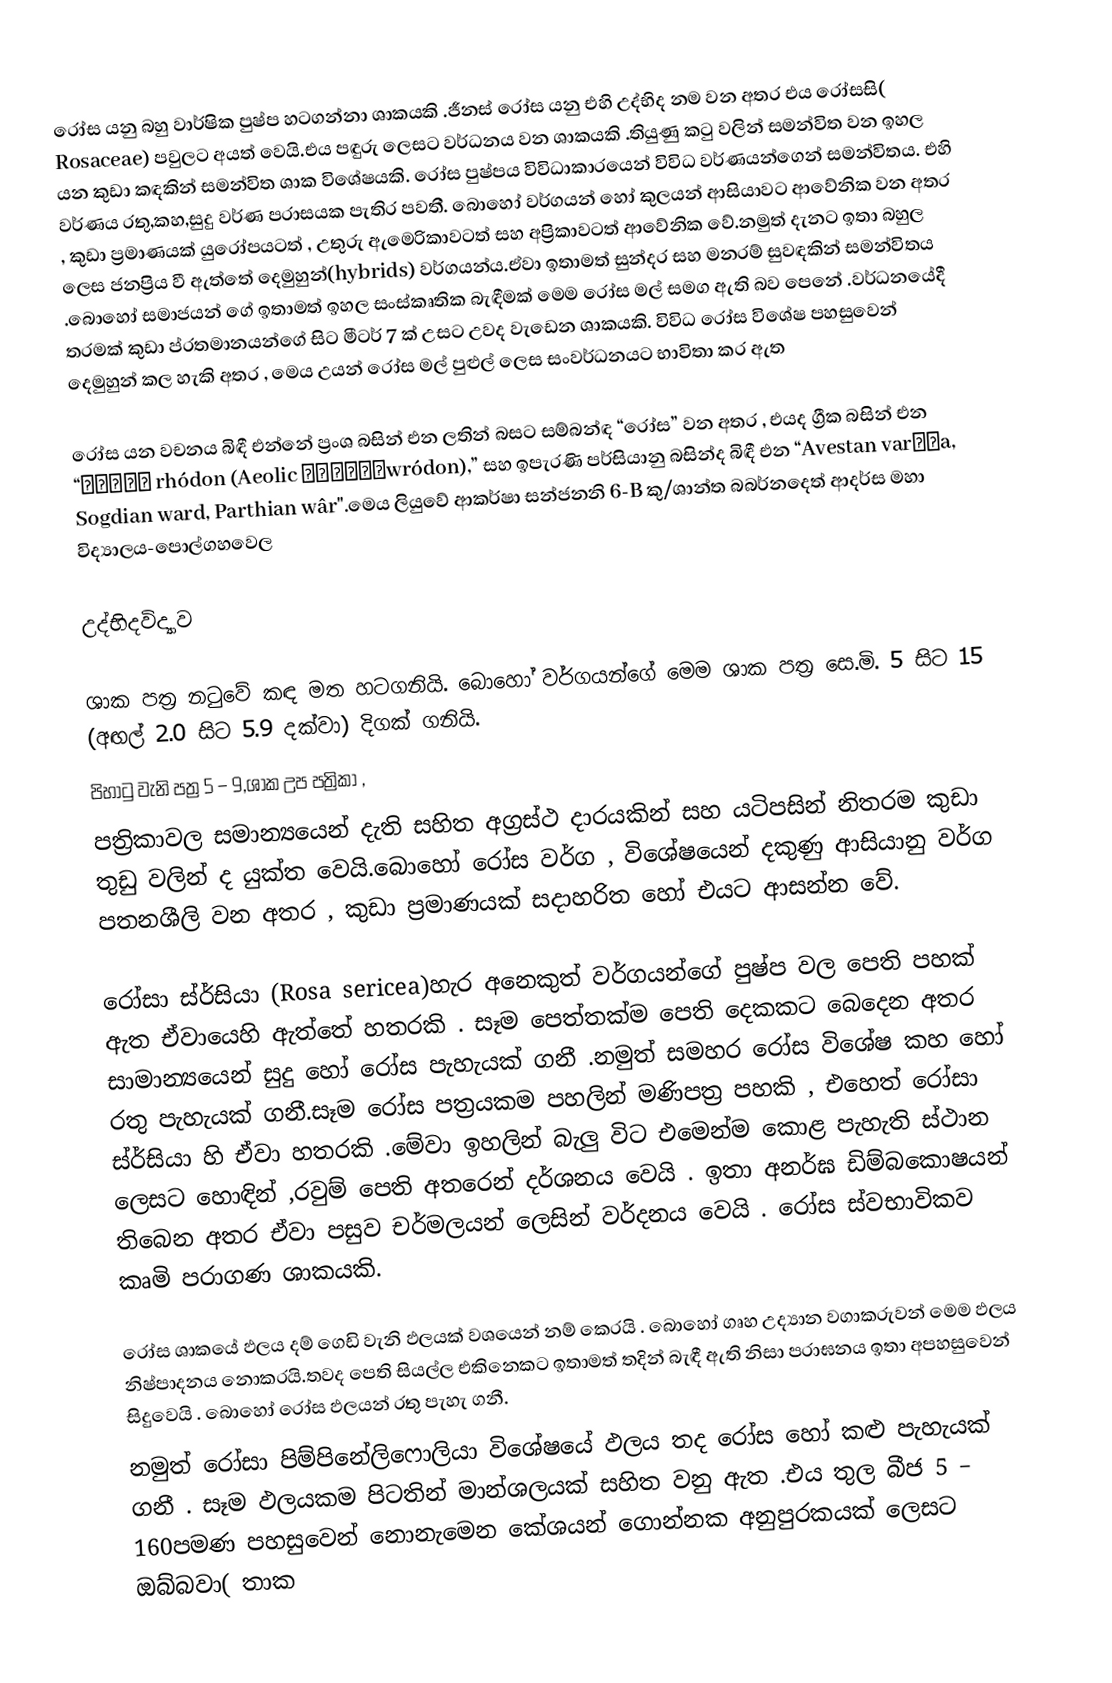
රෝස යනු බහු වාර්ෂික පුෂ්ප හටගන්නා ශාකයකි .ජීනස්  රෝස යනු එහි උද්භිද නම වන  අතර එය රෝසසි( Rosaceae) පවුලට අයත් වෙයි.එය පඳුරු ලෙසට වර්ධනය වන ශාකයකි .තියුණු කටු වලින් සමන්විත වන ඉහල යන කුඩා කඳකින් සමන්විත ශාක විශේෂයකි. රෝස පුෂ්පය විවිධාකාරයෙන් විවිධ වර්ණයන්ගෙන් සමන්විතය. එහි වර්ණය රතු,කහ,සුදු වර්ණ පරාසයක පැතිර පවතී. බොහෝ වර්ගයන් හෝ කුලයන් ආසියාවට ආවේනික වන අතර , කුඩා ප්‍රමාණයක්  යුරෝපයටත් , උතුරු ඇමෙරිකාවටත්  සහ  අප්‍රිකාවටත්  ආවේනික වේ.නමුත්   දැනට ඉතා බහුල ලෙස ජනප්‍රිය වී ඇත්තේ  දෙමුහුන්(hybrids) වර්ගයන්ය.ඒවා ඉතාමත් සුන්දර සහ මනරම් සුවඳකින් සමන්විතය .බොහෝ සමාජයන් ගේ ඉතාමත් ඉහල සංස්කෘතික බැඳීමක් මෙම රෝස මල් සමග ඇති බව පෙනේ .වර්ධනයේදී තරමක් කුඩා ප්රතමානයන්ගේ සිට මීටර්  7 ක් උසට උවද වැඩෙන ශාකයකි.  විවිධ රෝස විශේෂ  පහසුවෙන් දෙමුහුන් කල හැකි අතර  , මෙය  උයන්  රෝස මල්  පුළුල් ලෙස සංවර්ධනයට  භාවිතා කර ඇත

රෝස යන වචනය බිඳී එන්නේ ප්‍රංශ  බසින් එන ලතින් බසට සම්බන්ඳ “රෝස” වන අතර , එයද ග්‍රීක  බසින් එන  “ρόδον rhódon (Aeolic βρόδονwródon),” සහ ඉපැරණි පර්සියානු බසින්ද බිඳී එන “Avestan varəδa, Sogdian ward, Parthian wâr".මෙය ලියුවේ ආකර්ෂා සන්ජනනි 6-B කු/ශාන්ත බබර්නදෙත් ආදර්ස මහා විද්‍යාලය-පොල්ගහවෙල

උද්භිදවිද්‍යාව

ශාක පත්‍ර  නටුවේ කඳ මත හටගනියි. බොහෝ වර්ගයන්ගේ මෙම ශාක පත්‍ර සෙ.මි. 5 සිට 15  (අඟල් 2.0  සිට 5.9 දක්වා) දිගක් ගනියි.
පිහාටු වැනි පත්‍ර 5 – 9,ශාක උප පත්‍රිකා ,
පත්‍රිකාවල සමාන්‍යයෙන්     දැති සහිත  අග්‍රස්ථ  දාරයකින් සහ  යටිපසින් නිතරම කුඩා තුඩු    වලින් ද  යුක්ත වෙයි.බොහෝ රෝස වර්ග , විශේෂයෙන් දකුණු ආසියානු වර්ග පතනශීලි වන අතර , කුඩා ප්‍රමාණයක්  සදාහරිත හෝ එයට  ආසන්න වේ.

රෝසා ස්ර්සියා  (Rosa sericea)හැර අනෙකුත් වර්ගයන්ගේ පුෂ්ප වල පෙති පහක් ඇත ඒවායෙහි ඇත්තේ හතරකි . සෑම පෙත්තක්ම  පෙති  දෙකකට බෙදෙන අතර සාමාන්‍යයෙන් සුදු හෝ  රෝස පැහැයක් ගනී .නමුත් සමහර රෝස විශේෂ කහ හෝ රතු පැහැයක් ගනී.සෑම රෝස පත්‍රයකම   පහලින් මණිපත්‍ර පහකි , එහෙත් රෝසා ස්ර්සියා හි ඒවා හතරකි .මේවා ඉහලින් බැලු විට එමෙන්ම කොළ පැහැති ස්ථාන ලෙසට හොඳින් ,රවුම් පෙති අතරෙන්  දර්ශනය වෙයි . ඉතා අනර්ඝ ඩිම්බකොෂයන් තිබෙන අතර ඒවා පසුව චර්මලයන් ලෙසින් වර්දනය වෙයි . රෝස ස්වභාවිකව කෘමි පරාගණ ශාකයකි.

රෝස ශාකයේ  ඵලය  දම් ගෙඩි වැනි ඵලයක් වශයෙන් නම් කෙරයි . බොහෝ ගෘහ උද්‍යාන      වගාකරුවන් මෙම ඵලය  නිෂ්පාදනය නොකරයි.තවද පෙති සියල්ල එකිනෙකට ඉතාමත් තදින් බැඳී ඇති නිසා පරාඝනය ඉතා අපහසුවෙන් සිදුවෙයි . බොහෝ රෝස ඵලයන්  රතු පැහැ ගනී.
නමුත්  රෝසා පිම්පිනේලිෆොලියා  විශේෂයේ ඵලය තද රෝස  හෝ කළු පැහැයක් ගනී . සෑම ඵලයකම පිටතින් මාන්ශලයක් සහිත වනු ඇත .එය තුල බීජ 5 – 160පමණ  පහසුවෙන් නොනැමෙන කේශයන් ගොන්නක අනුපුරකයක් ලෙසට ඔබ්බවා( තාක